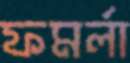
ফমর্লা